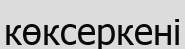
көксеркені